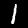
Label: 1